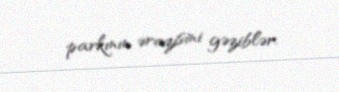
parkının ərazisini gəziblər.